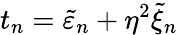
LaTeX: t_{n}=\tilde{\varepsilon}_{n}+\eta^{2}\tilde{\xi}_{n}